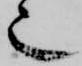
也